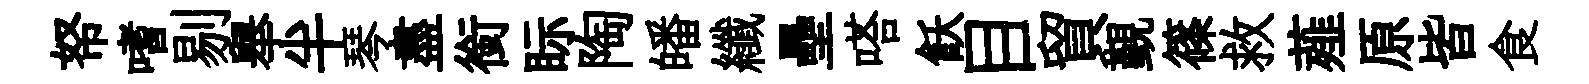
帑嗜剔舉半琴盡銜眎陶皤纖壘嗒飫目貿覲篠救薤原皆食